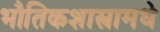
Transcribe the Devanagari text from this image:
भौतिकशास्त्रामधे